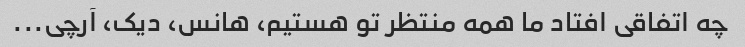
چه اتفاقی افتاد ما همه منتظر تو هستیم، هانس، دیک، آرچی...